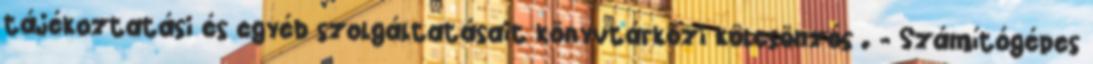
tájékoztatási és egyéb szolgáltatásait könyvtárközi kölcsönzés . - Számítógépes